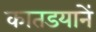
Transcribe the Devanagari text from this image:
कातडयानें